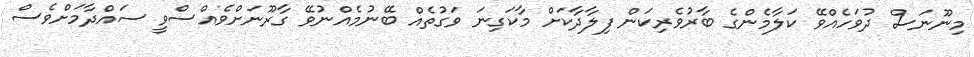
މިނޫނަސް ދުވަހެއްވޭ ކަލާމެންގެ ބާރުވެރިކަން ފިލާދާކަށް މާކަގިނަ ވަގުތެއް ބޭނުމެއްނުވޭ ގާރޫނަށްވެއްސްވީ ސައްދާމަށްވެސް